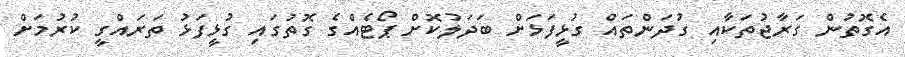
އެގޮތުން ގަރާޖުތަކާއި ގުދަންތައް ގުޅީފަޅަށް ބަދަލުކޮށް ޕޯޓެއްގެ ގޮތުގައި ގުޅީފަޅު ތަރައްގީ ކުރުމަށް